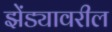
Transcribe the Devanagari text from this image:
झेंड्यावरील